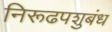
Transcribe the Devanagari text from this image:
निरूढपशुबंध